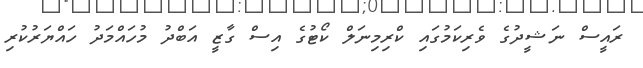
ރައީސް ނަޝީދުގެ ވެރިކަމުގައި ކްރިމިނަލް ކޯޓުގެ އިސް ގާޒީ އަބްދު މުހައްމަދު ހައްޔަރުކުރި